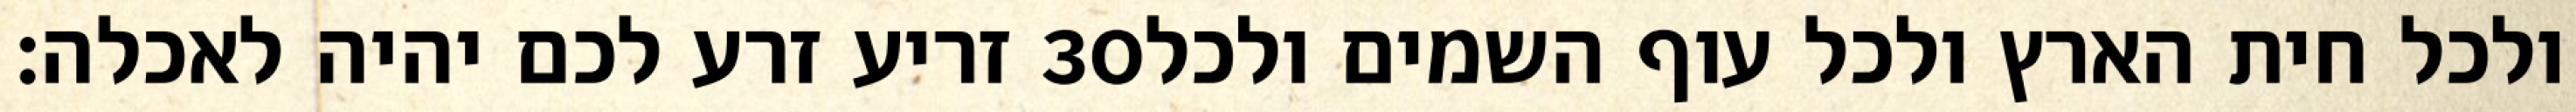
זריע זרע לכם יהיה לאכלה׃ ‎30‏ ולכל חית הארץ ולכל עוף השמים ולכל